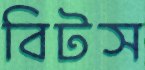
বিটস